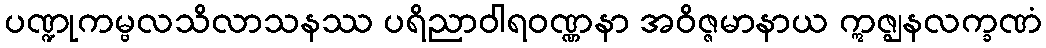
ပဏ္ဍုကမ္ဗလသိလာသနဿ ပရိညာဝါရဝဏ္ဏနာ အဝိဇ္ဇမာနာယ ဣဇ္ဈနလက္ခဏံ